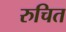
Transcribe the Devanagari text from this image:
रुचित